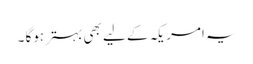
یہ امریکہ کے لیے بھی بہتر ہوگا ۔